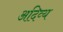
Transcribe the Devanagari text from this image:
अदिव्य